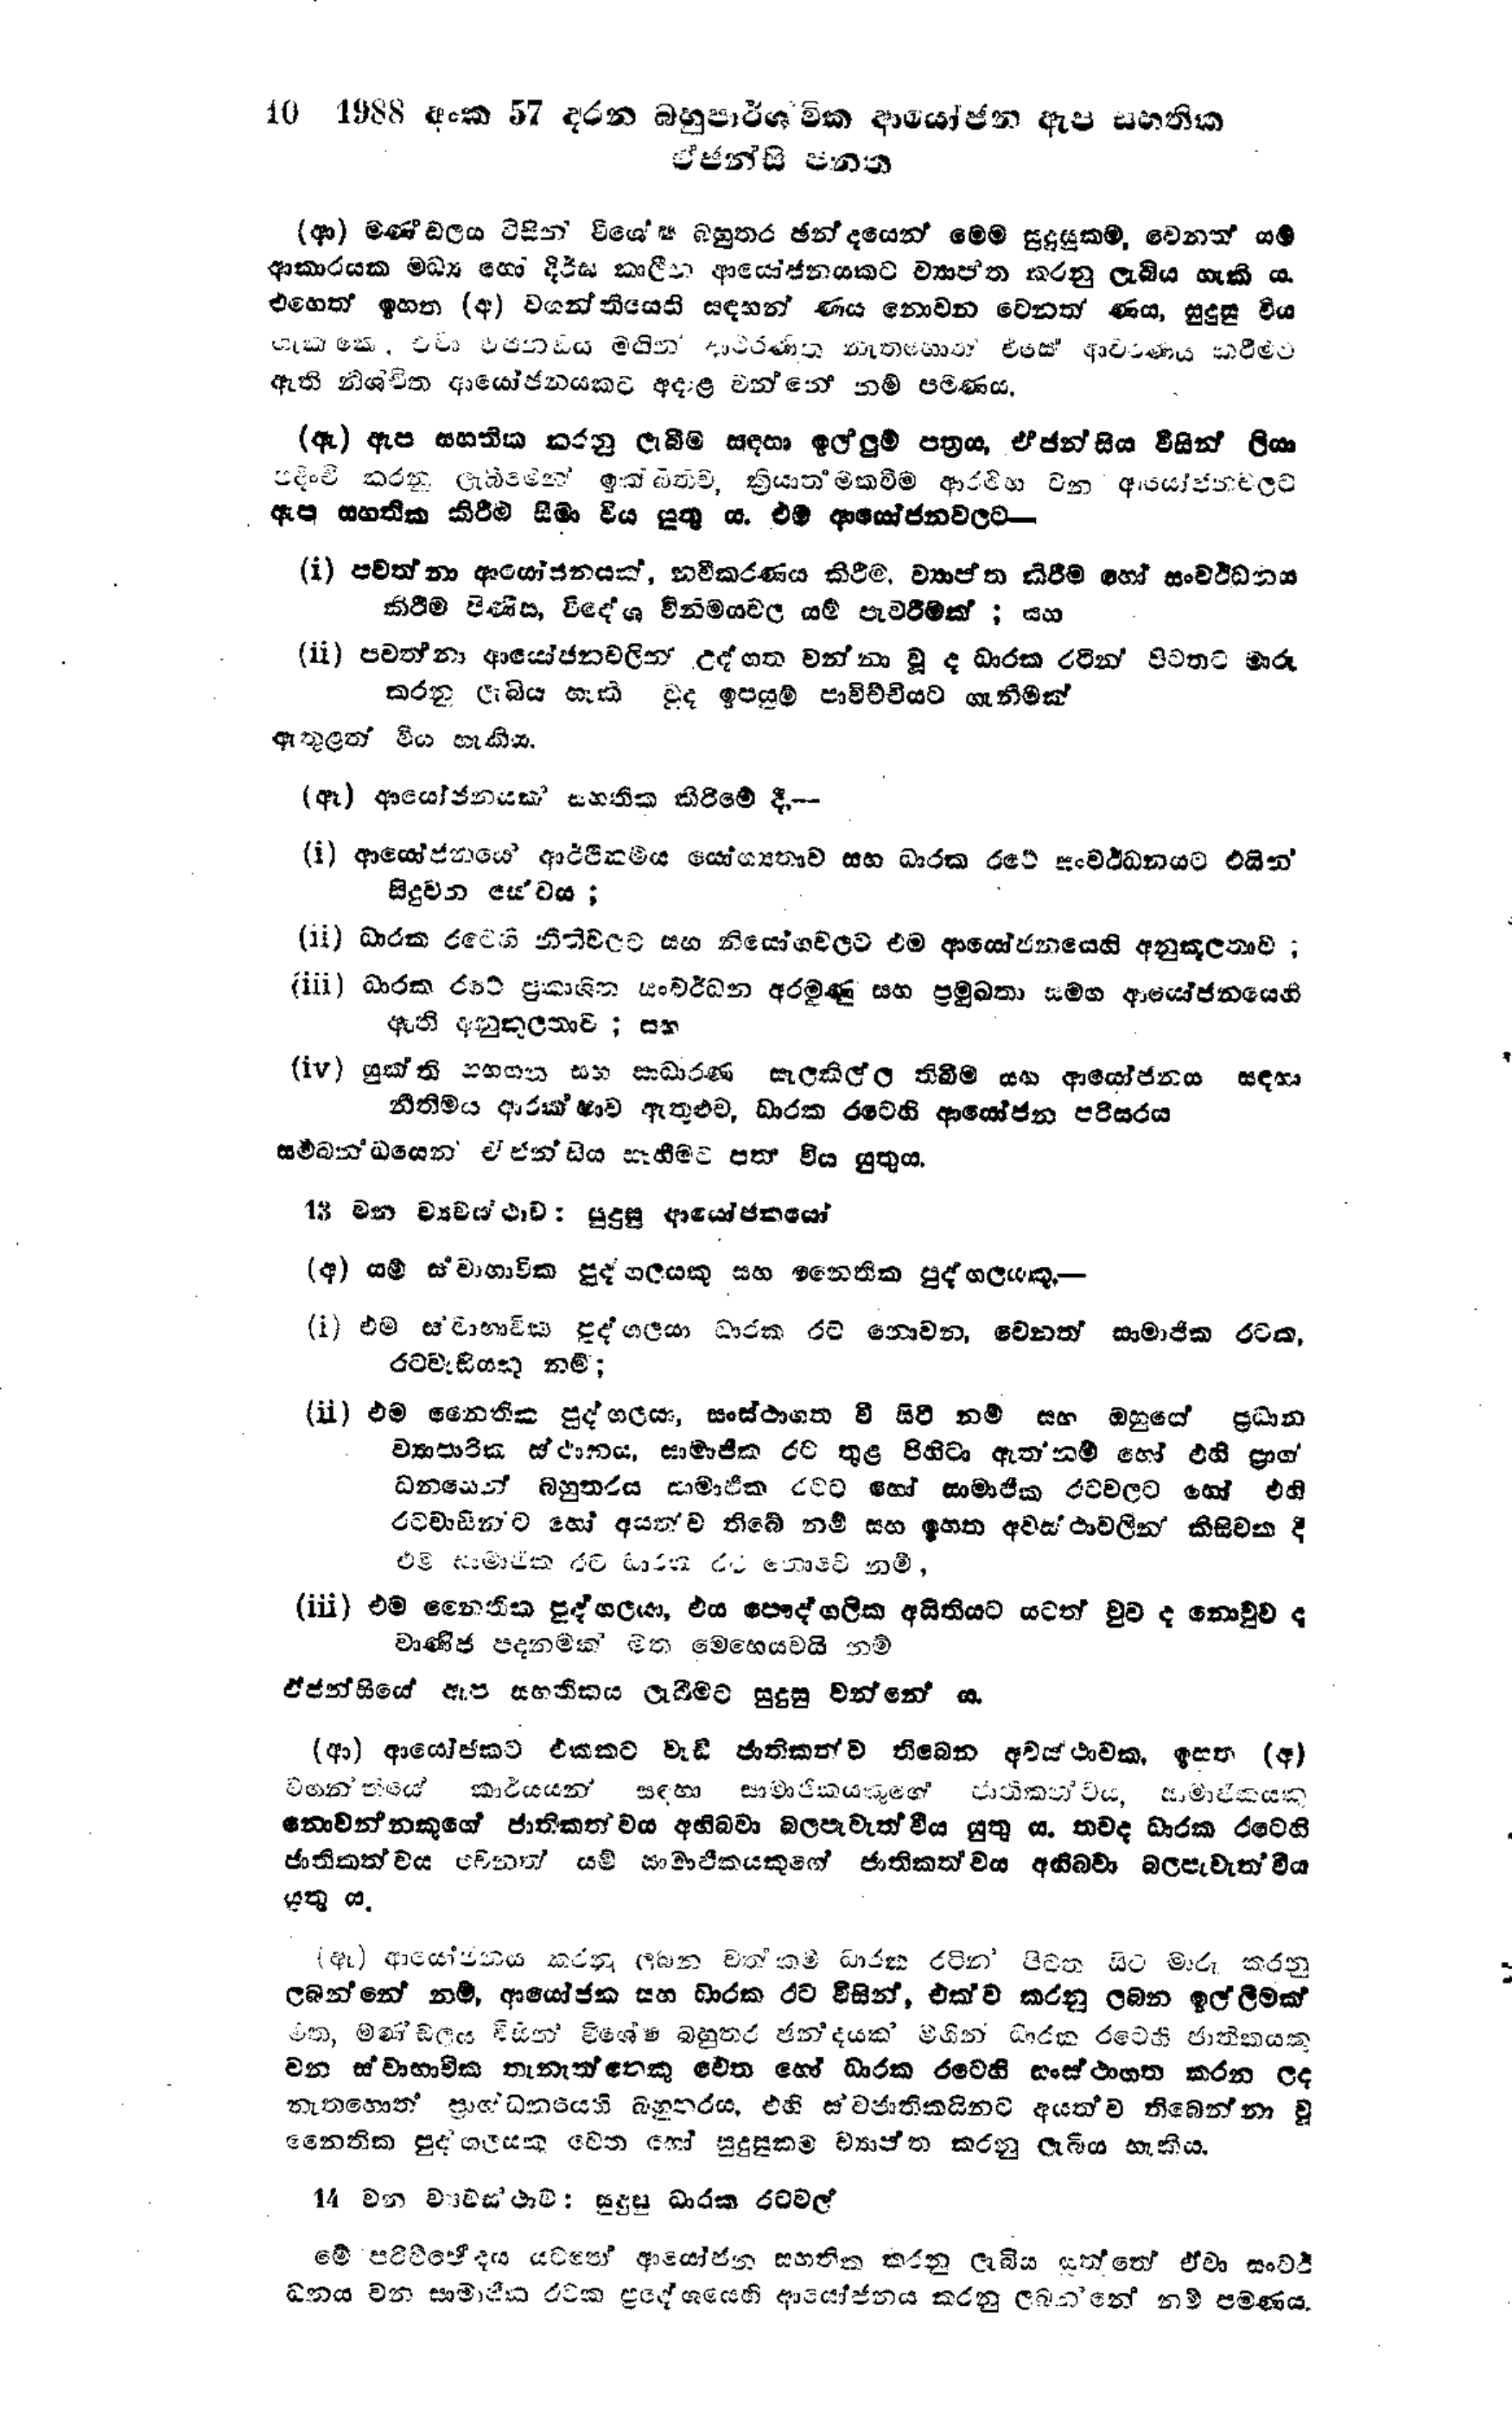
10 1988 අංක 57 දරන බහුපාර්ශ්වික ආයෝජන ඇපි සහතික
ඒජන්සි පනත

(ආ) මණ්ඩලය විසින් විශේෂ බහුතර ඡන්දයෙන් මෙම සුදුසු කම, වෙනත් යම්
ආකාරයක මධ්‍ය හෝ දිර්ඝ කාලීන ආයෝජනයකට ව්‍යාප්ත කරනු ලැබිය හැකි ය.
එහෙත් ඉහත (අ) වගන්තියෙහි සඳහන් ණය නොවන වෙනත් ණය, සුදුසු විය
හැක්කේ, ඒවා ඒජන්සිය මගින් ආවරණිත නැතහොත් ඒසේ ආවරණය කිරීමට
ඇති නිශ්චිත ආයෝජනයකට අදාළ වන්නේ නම් පමණය.

(ඇ) ඇප සහතික කරනු ලැබීම් සඳහා ඉල්ලුම් පත්‍රය, ඒ ජන්සිය විසින් ලියා
පදිංචි කරනු ලැබීමෙන් ඉක්බිතිව, ක්‍රියාත්මකවීම ආරම්භ වන අපයෝජන වලට
ඇප සහතික කිරීම සීමා විය යුතුය. එම ආයෝජනවලට-

(i) පවත්නා ආයෝජනයක්, නවීකරණය කිරීම, ව්‍යාප්ත කිරීම හෝ සංවර්ධනය
කිරීම පිණිස, විදේශ විනිමයවල යම් පැවරීමක් ; සහ

(ii) පවත්නා ආයෝජන වලින් උද්ගත වන්නා වූ ද ධාරක රටින් පිටතට මාරු
කරනු ලැබිය හැකි වුද ඉපයුම් පාවිච්චියට ගැනීමක්

ඇතුළත් විය හැකිය.

(ඈ) ආයෝජනයක් සහතික කිරීමේ දී, --

(i) ආයෝජනයේ ආර්ථිකර්මය යෝග්‍යතාව සහ ධාරක රටේ සංවර්ධනයට එයින්
සිදුවන සේවය;

(ii) ධාරක රටෙහි නීතිවලට සහ නියෝගවලට එම ආයෝජනයෙහි අනුකූලතාව;

(iii) ධාරක රටේ ප්‍රකාශිත සංවර්ධන අරමුණු සහ ප්‍රමුඛතා සමග ආයෝජනයෙහි
ඇති අනුකූලතාව; සහ

(iv) යුක්ති සහගත සහ සාධාරණ සැලකිල්ල තිබීම සහ ආයෝජනය සඳහා
නීතිමය ආරක්ෂාව ඇතුළුව, ධාරක රටෙහි ආයෝජන පරිසරය

සම්බන්ධයෙන ඒජන්සිය සෑහීමට පත් විය යුතුය.

13 වන ව්‍යවස්ථාව : සුදුසු ආයෝජකයෝ

(අ) යම් ස්වාභාවික පුද්ගලයකු සහ නෛතික පුද්ගලයකු. -

(i) එම ස්වාභාවික පුද්ගලයා ධාරක රට නොවන, වෙනත් සාමාජික රටක,
රටවැසියකු නම්:

(ii) එම නෛතික පුද්ගලයා, සංස්ථාගත වී සිටි නම් සහ ඔහුගේ ප්‍රධාන
ව්‍යාපාරික ස්ථානය, සාමාජික රට තුළ පිහිටා ඇත්නම් හෝ එහි ප්‍රාග්
ධනයෙන් බහුතරය සාමාජික රටට හෝ සාමාජික රටවලට හෝ එහි
රටවාසීන්ට හෝ අයත්ව තිබේ නම් සහ ඉහත අවස්ථාවලින් කිසිවක දී
එම සාමාජික රට ධාරක රට නොවේ නම්,

(iii) එම නෛතික පුද්ගලයා, එය පෞද්ගලික අයිතියට යටත් වුව ද නොවුව ද
වාණිජ පදනමක් මත මෙහෙයවයි නම්

ඒජන්සියේ ඇප සහතිකය ලැබීමට සුදුසු වන්නේ ය.

(ආ) ආයෝජකට එකකට වැඩි ජාතිකත්ව තිබෙන අවස්ථාවක. ඉහත (අ)
වගන්තියේ කාර්යයන් සඳහා සාමාජිකයකුගේ ජාතිකත්වය, සාමාජිකයකු
නොවන්නකුගේ ජාතිකත්වය අභිබවා බල පැවැත්විය යුතු ය. තවද ධාරක රටෙහි
ජාතිකත්වය වෙනත් යම් සාමාජිකයකුගේ ජාතිකත්වය අභිබවා බලපැවැත්විය
යුතු ය.

(ඇ) ආයෝජනය කරනු ලබන වත්කම් ධාරක රටින‍් පිටත සිටි මාරු කරනු
ලබන්නේ නම්, ආයෝජක සහ ධාරක රට විසින්, එක්ව කරනු ලබන ඉල්ලීමක්
මත, මණ්ඩලය විසින් විශේෂ බහුතර ඡන්දයක් මගින ධාරක රටෙහි ජාතිකයකු
වන ස්වාභාවික තැනැත්තෙකු වෙත හෝ ධාරක රටෙහි සංස්ථාගත කරන ලද
නැතහොත් ප්‍රාග්ධනයෙහි බහුතරය, එහි ස්වජාතිකයිනට අයත්ව තිබෙන්නා වූ
නෛතික පුද්ගලයකු වෙත හෝ සුදුසුකම් ව්‍යාප්ත කරනු ලැබීය හැකිය.

14 වන ව්‍යවස්ථාව: සුදුසු ධාරක රටවල්

මේ පරිච්ඡේදය යටතේ ආයෝජන සහතික කරනු ලැබිය යුත්තේ ඒවා සංවර්
ධනය වන සාමාජික රටක ප්‍රදේශයෙහි ආයෝජනය කරනු ලබන්නේ නම් පමණය.